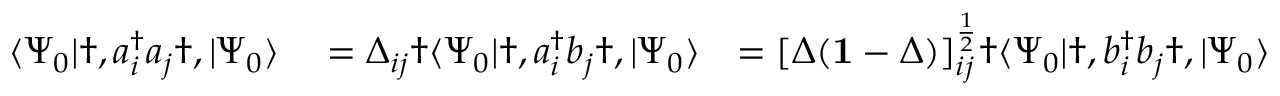
\begin{array} { r l r l } { \langle \Psi _ { 0 } | \dag , a _ { i } ^ { \dagger } a _ { j } \dag , | \Psi _ { 0 } \rangle } & { { } = \Delta _ { i j } \dag \langle \Psi _ { 0 } | \dag , a _ { i } ^ { \dagger } b _ { j } \dag , | \Psi _ { 0 } \rangle } & { = [ \Delta ( \mathbf { 1 } - \Delta ) ] _ { i j } ^ { \frac { 1 } { 2 } } \dag \langle \Psi _ { 0 } | \dag , b _ { i } ^ { \dagger } b _ { j } \dag , | \Psi _ { 0 } \rangle } & { { } = [ \mathbf { 1 } - \Delta ] _ { i j } \dag , . } \end{array}